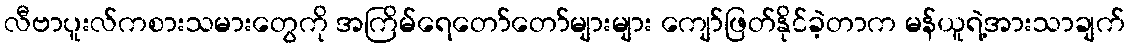
လီဗာပူးလ်ကစားသမားတွေကို အကြိမ်ရေတော်တော်များများ ကျော်ဖြတ်နိုင်ခဲ့တာက မန်ယူရဲ့အားသာချက်